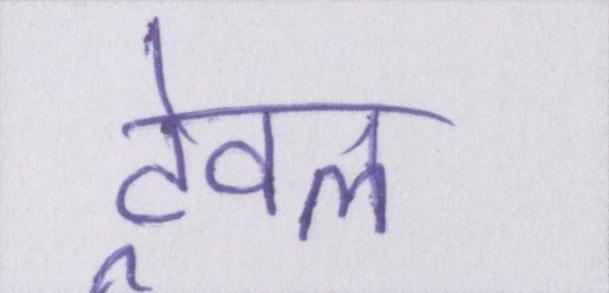
ट्रेवल